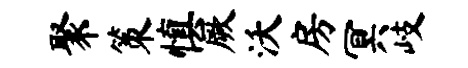
聚策慎厥沃房冥岐